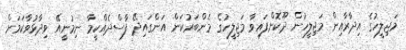
މަޖިލީހުގެ އިދާރާއިން މަޖިލީހުން ދޫކޮށްފައިވާ މަޖިލީހުގެ މެންބަރުކަން އަންގައިދޭ ފާސްދެއްކީމާ ނިމުނީއޭ ވިދާޅުވާކަމަށް